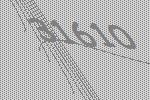
31610